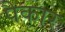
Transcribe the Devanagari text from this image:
पैकार